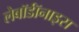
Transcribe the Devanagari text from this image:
लेबॉर्डॉनाइस